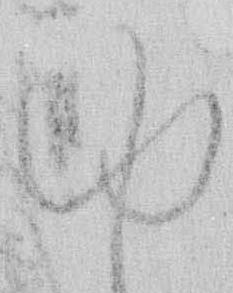
ゆ